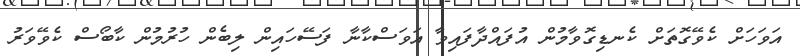
އަވަހަށް ކެވޭގޮތަށް ކެނޑިގޮވާމުން އުފައްދާފައިވާ އަވަސްކާނާ ފަސޭހައިން ލިބެން ހުރުމުން ކާބޯސް ކެވޭވަރު